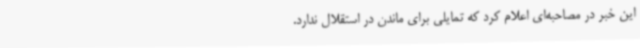
این خبر در مصاحبه‌ای اعلام کرد که تمایلی برای ماندن در استقلال ندارد.